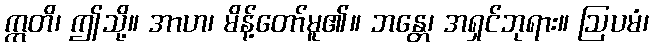
ဣတိ၊ ဤသို့။ အာဟ၊ မိန့်တော်မူ၏။ ဘန္တေ၊ အရှင်ဘုရား။ ဩပမံ၊